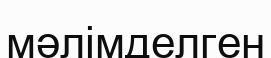
мәлімделген